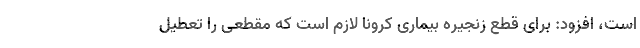
است، افزود: برای قطع زنجیره بیماری کرونا لازم است که مقطعی را تعطیل